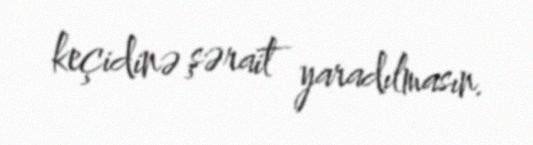
keçidinə şərait yaradılmasın.